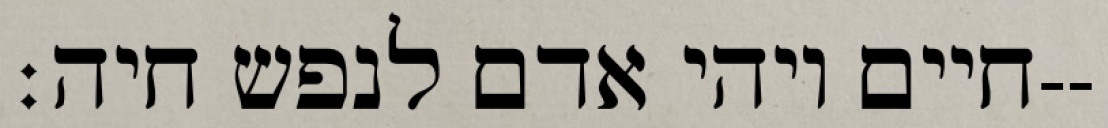
חיים ויהי אדם לנפש חיה׃--